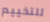
للتخييم